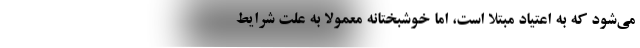
می‌شود که به اعتیاد مبتلا است، اما خوشبختانه معمولا به علت شرایط